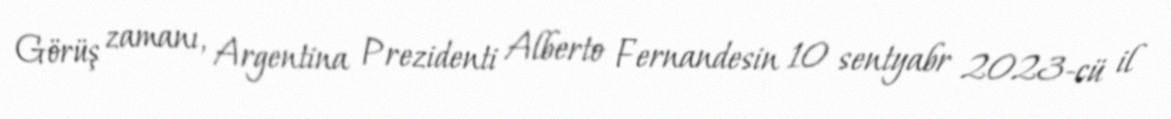
Görüş zamanı, Argentina Prezidenti Alberto Fernandesin 10 sentyabr 2023-cü il